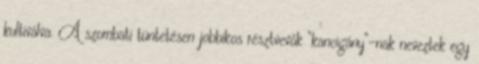
kultiválva. A szombati tüntetésen jobbikos résztvevők ”kancigány”-nak neveztek egy